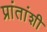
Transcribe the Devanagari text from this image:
प्रांतांशी